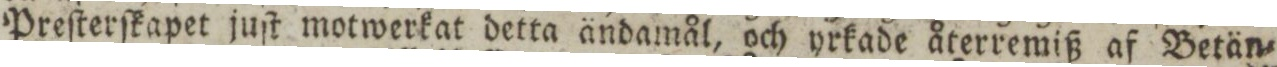
Preſterſkapet juſt motwerkat detta ändamål, och yrkade återremiß af Betän=